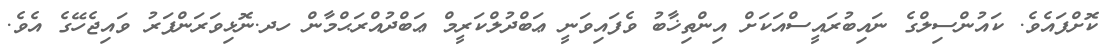
ކޮށްފައެވެ. ކައުންސިލްގެ ނައިބުރައީސްއަކަށް އިންތިޚާބު ވެފައިވަނީ ޢަބްދުލްކަރީމް ޢަބްދުއްރަޙްމާން ހދ.ނޮޅިވަރަންފަރު ވައިޖެހޭގެ އެވެ.